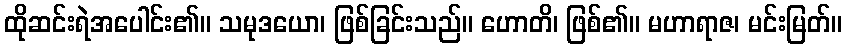
ထိုဆင်းရဲအပေါင်း၏။ သမုဒယော၊ ဖြစ်ခြင်းသည်။ ဟောတိ၊ ဖြစ်၏။ မဟာရာဇ၊ မင်းမြတ်။